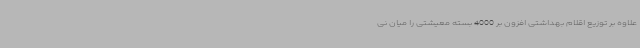
علاوه بر توزیع اقلام بهداشتی افزون بر 4000 بسته معیشتی را میان نی